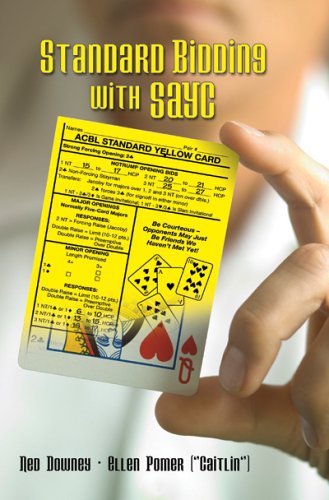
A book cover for Standard Bidding With SAYC; Ned Downey; Humor & Entertainment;